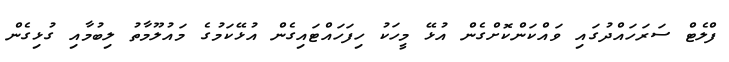
ފްލެޓް ސަރަހައްދުގައި ވައްކަންކޮށްގެން އުޅޭ މީހަކު ހިފަހައްޓައިގެން އުޅޭކަމުގެ މައުލޫމާތު ލިބުމާއި ގުޅިގެން